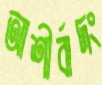
আশীর্বাদং